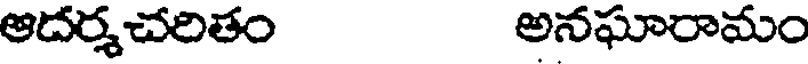
ఆదర్శచరితం అనఘారామం